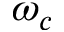
\omega _ { c }